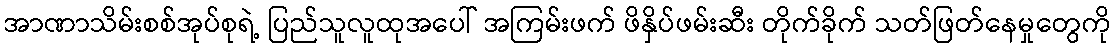
အာဏာသိမ်းစစ်အုပ်စုရဲ့ ပြည်သူလူထုအပေါ် အကြမ်းဖက် ဖိနှိပ်ဖမ်းဆီး တိုက်ခိုက် သတ်ဖြတ်နေမှုတွေကို